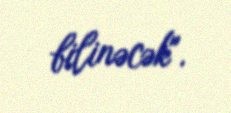
bilinəcək".